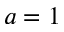
a = 1